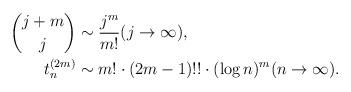
LaTeX: \begin{align*}\binom{j+m}{j} &\sim \dfrac{j^m}{m!} (j \to \infty),\\t_n^{(2m)} &\sim m! \cdot (2m-1)!! \cdot (\log n)^{m} (n \to \infty). \end{align*}